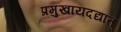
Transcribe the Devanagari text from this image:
प्रमुखायदद्यात्